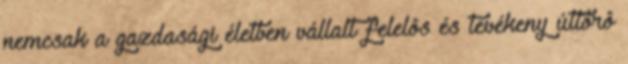
nemcsak a gazdasági életben vállalt felelôs és tevékeny úttörô